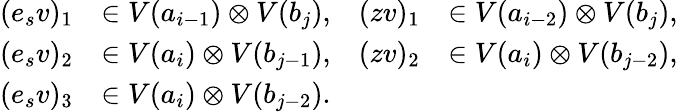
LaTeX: \begin{array}{rlrl}{(e_{s}v)_{1}}&{\in V(a_{i-1})\otimes V(b_{j}),}&{(zv)_{1}}&{\in V(a_{i-2})\otimes V(b_{j}),}\\ {(e_{s}v)_{2}}&{\in V(a_{i})\otimes V(b_{j-1}),}&{(zv)_{2}}&{\in V(a_{i})\otimes V(b_{j-2}),}\\ {(e_{s}v)_{3}}&{\in V(a_{i})\otimes V(b_{j-2}).}&&{}\end{array}